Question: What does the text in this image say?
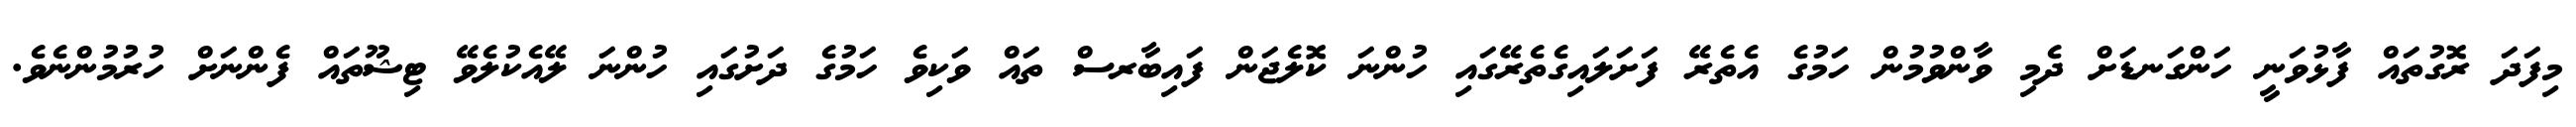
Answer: މިފަދަ ރޮގުތައް ފާޅުވަނީ ހަންގަނޑަށް ދެމި ވާންވުމުން ހަމުގެ އެތެރޭ ފަށަލައިގެތެރޭގައި ހުންނަ ކޮލެޖަން ފައިބާރސް ތައް ވަކިވެ ހަމުގެ ދަށުގައި ހުންނަ ލޭއެކުލެވޭ ޓިޝޫތައް ފެންނަށް ހުރުމުންނެވެ.